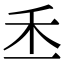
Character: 𥝍